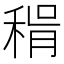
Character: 𥟮